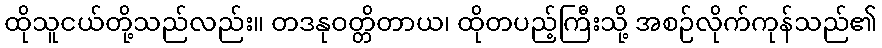
ထိုသူငယ်တို့သည်လည်း။ တဒနုဝတ္တိတာယ၊ ထိုတပည့်ကြီးသို့ အစဉ်လိုက်ကုန်သည်၏